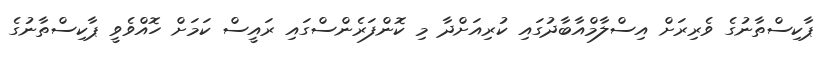
ޕާކިސްތާނުގެ ވެރިރަށް އިސްލާމްއާބާދުގައި ކުރިއަށްދާ މި ކޮންފަރެންސްގައި ރައީސް ކަމަށް ހޮއްވެވީ ޕާކިސްތާނުގެ